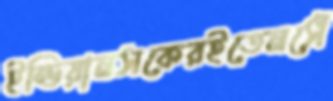
ইন্ডিয়ানসকেরইতেনসেঁ